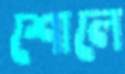
শোলে